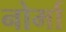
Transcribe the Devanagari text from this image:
नोर्मा